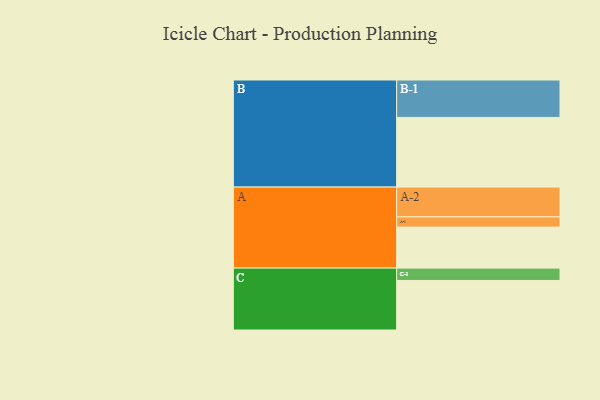
{"axis": {"x": "Segment", "y": "Value"}, "legend": ["", "A", "B", "C"], "data": [{"x": "A", "y": 322, "type": ""}, {"x": "B", "y": 547, "type": ""}, {"x": "C", "y": 389, "type": ""}, {"x": "A-1", "y": 80, "type": "A"}, {"x": "A-2", "y": 234, "type": "A"}, {"x": "B-1", "y": 294, "type": "B"}, {"x": "C-1", "y": 97, "type": "C"}]}